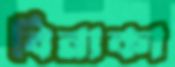
বিনাকা